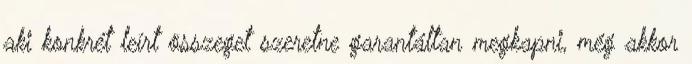
aki konkrét leírt összeget szeretne garantáltan megkapni, még akkor